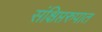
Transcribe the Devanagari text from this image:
संक्षिप्तरुपात